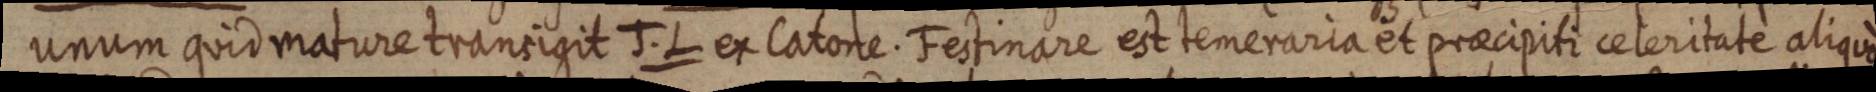
unum quid mature transigit J. L ex Catone. Festinare est temeraria et praecipiti celeritate aliquo